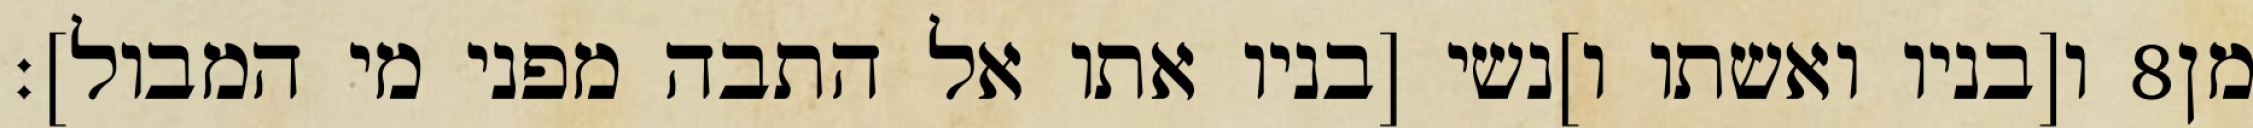
ו[בניו ואשתו ו]נשי [בניו אתו אל התבה מפני מי המבול]׃ ‎8‏ מן